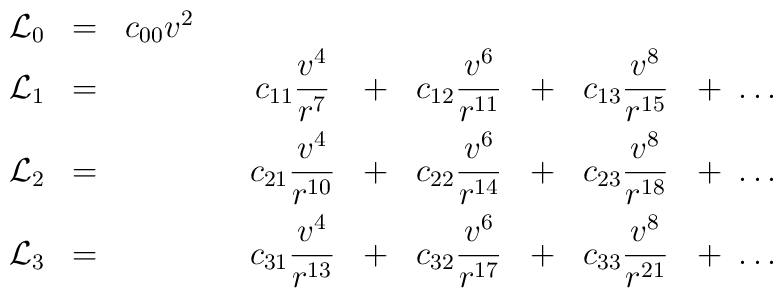
\begin{array}{cccccccccc}\displaystyle{\cal L}_0 &=& c_{00} v^2 &&&&&&& \\{\cal L}_1 &=&  && \displaystyle c_{11} \frac{v^4}{r^7} & +&\displaystyle c_{12} \frac{v^6}{r^{11}}& + &\displaystyle c_{13} \frac{v^8}{r^{15}} & +\ \ldots \\[8pt]{\cal L}_2 &=&  && \displaystyle c_{21} \frac{v^4}{r^{10}} & +&\displaystyle c_{22} \frac{v^6}{r^{14}}& + &c_{23} \displaystyle\frac{v^8}{r^{18}} & +\ \ldots \\[8pt]{\cal L}_3 &=&  &&  c_{31} \displaystyle\frac{v^4}{r^{13}} & +& c_{32} \displaystyle\frac{v^6}{r^{17}}& + &c_{33} \displaystyle\frac{v^8}{r^{21}} & +\ \ldots\end{array}